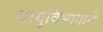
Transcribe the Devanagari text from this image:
वायुविभागाने